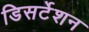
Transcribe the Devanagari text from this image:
डिसर्टेशन